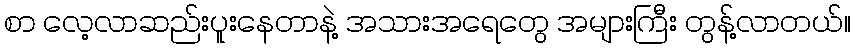
စာ လေ့လာဆည်းပူးနေတာနဲ့ အသားအရေတွေ အများကြီး တွန့်လာတယ်။